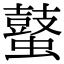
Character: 𪔖